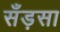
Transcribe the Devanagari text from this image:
सँड़सा